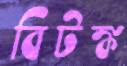
বিটঙ্ক